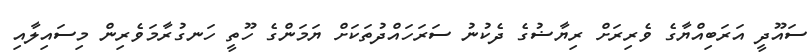
ސައޫދީ އަރަބިއްޔާގެ ވެރިރަށް ރިޔާޟުގެ ދެކުނު ސަރަހައްދުތަކަށް ޔަމަންގެ ހޫތީ ހަނގުރާމަވެރިން މިސައިލާއި